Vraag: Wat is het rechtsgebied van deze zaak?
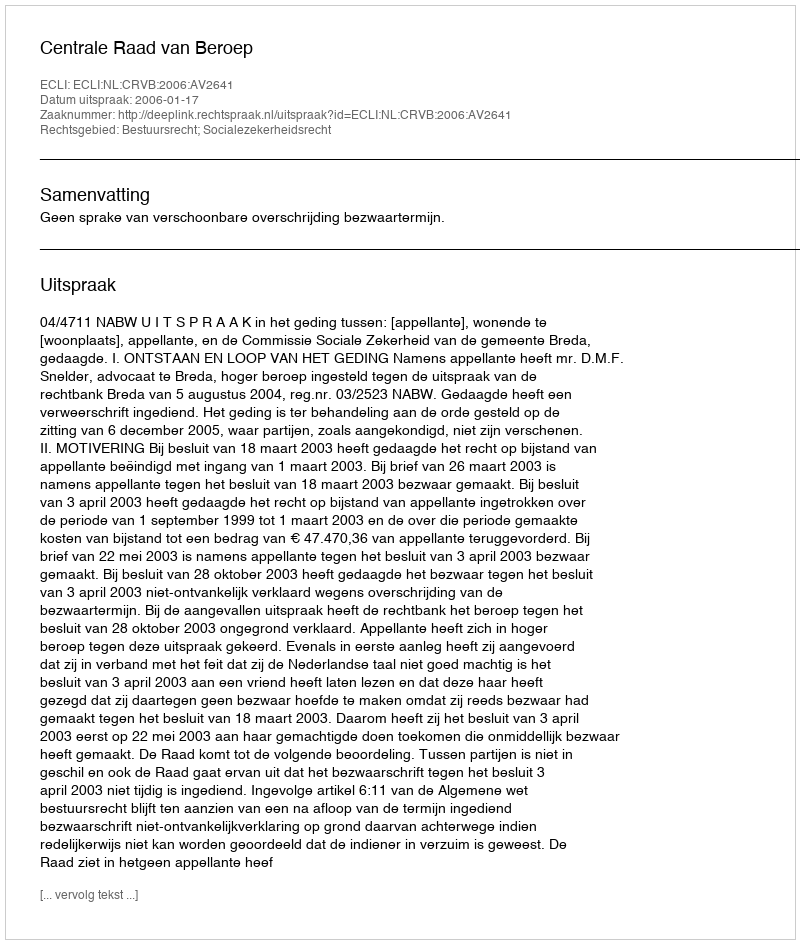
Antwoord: Bestuursrecht; Socialezekerheidsrecht